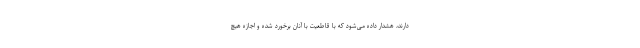
دارند، هشدار داده می‌شود که با قاطعیت با آنان برخورد شده و اجازه هیچ